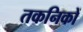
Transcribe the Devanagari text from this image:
तकनिकों